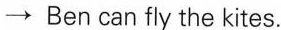
→ Ben can fly the kites.